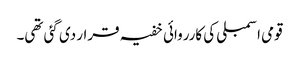
قومی اسمبلی کی کارروائی خفیہ قرار دی گئی تھی۔